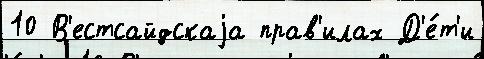
10 В'естсайдскаjа прав'илах Д'е́т'и